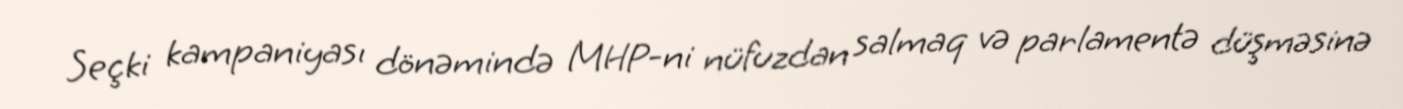
Seçki kampaniyası dönəmində MHP-ni nüfuzdan salmaq və parlamentə düşməsinə